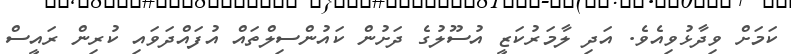
ކަމަށް ވިދާޅުވިއެވެ. އަދި ލާމަރުކަޒީ އުސޫލުގެ ދަށުން ކައުންސިލްތައް އުފައްދަވައި ކުރިން ރައީސް